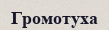
Громотуха